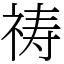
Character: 祷